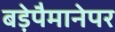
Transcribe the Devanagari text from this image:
बड़ेपैमानेपर